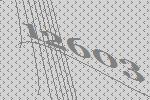
12603